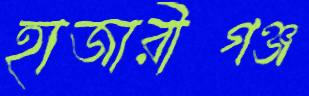
হাজারীগঞ্জ